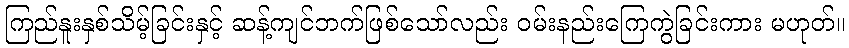
ကြည်နူးနှစ်သိမ့်ခြင်းနှင့် ဆန့်ကျင်ဘက်ဖြစ်သော်လည်း ဝမ်းနည်းကြေကွဲခြင်းကား မဟုတ်။